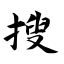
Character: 搜